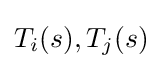
{\textstyle T_{i}(s),T_{j}(s)}